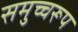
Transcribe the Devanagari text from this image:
समुच्चरूप